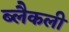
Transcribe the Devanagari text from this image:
ब्लैकली